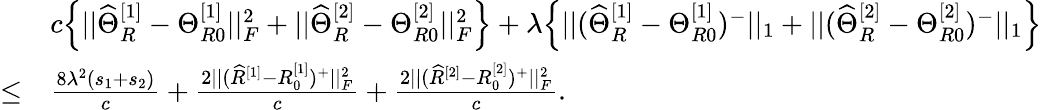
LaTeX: \begin{array}{rl}&{c\Big\{ ||\widehat{\Theta}_{R}^{[1]}-\Theta_{R0}^{[1]}||_{F}^{2}+||\widehat{\Theta}_{R}^{[2]}-\Theta_{R0}^{[2]}||_{F}^{2}\Big\} +\lambda\Big\{ ||(\widehat{\Theta}_{R}^{[1]}-\Theta_{R0}^{[1]})^{-}||_{1}+||(\widehat{\Theta}_{R}^{[2]}-\Theta_{R0}^{[2]})^{-}||_{1}\Big\} }\\ {\leq}&{\frac{8\lambda^{2}(s_{1}+s_{2})}{c}+\frac{2||(\widehat{R}^{[1]}-R_{0}^{[1]})^{+}||_{F}^{2}}{c}+\frac{2||(\widehat{R}^{[2]}-R_{0}^{[2]})^{+}||_{F}^{2}}{c}.}\end{array}